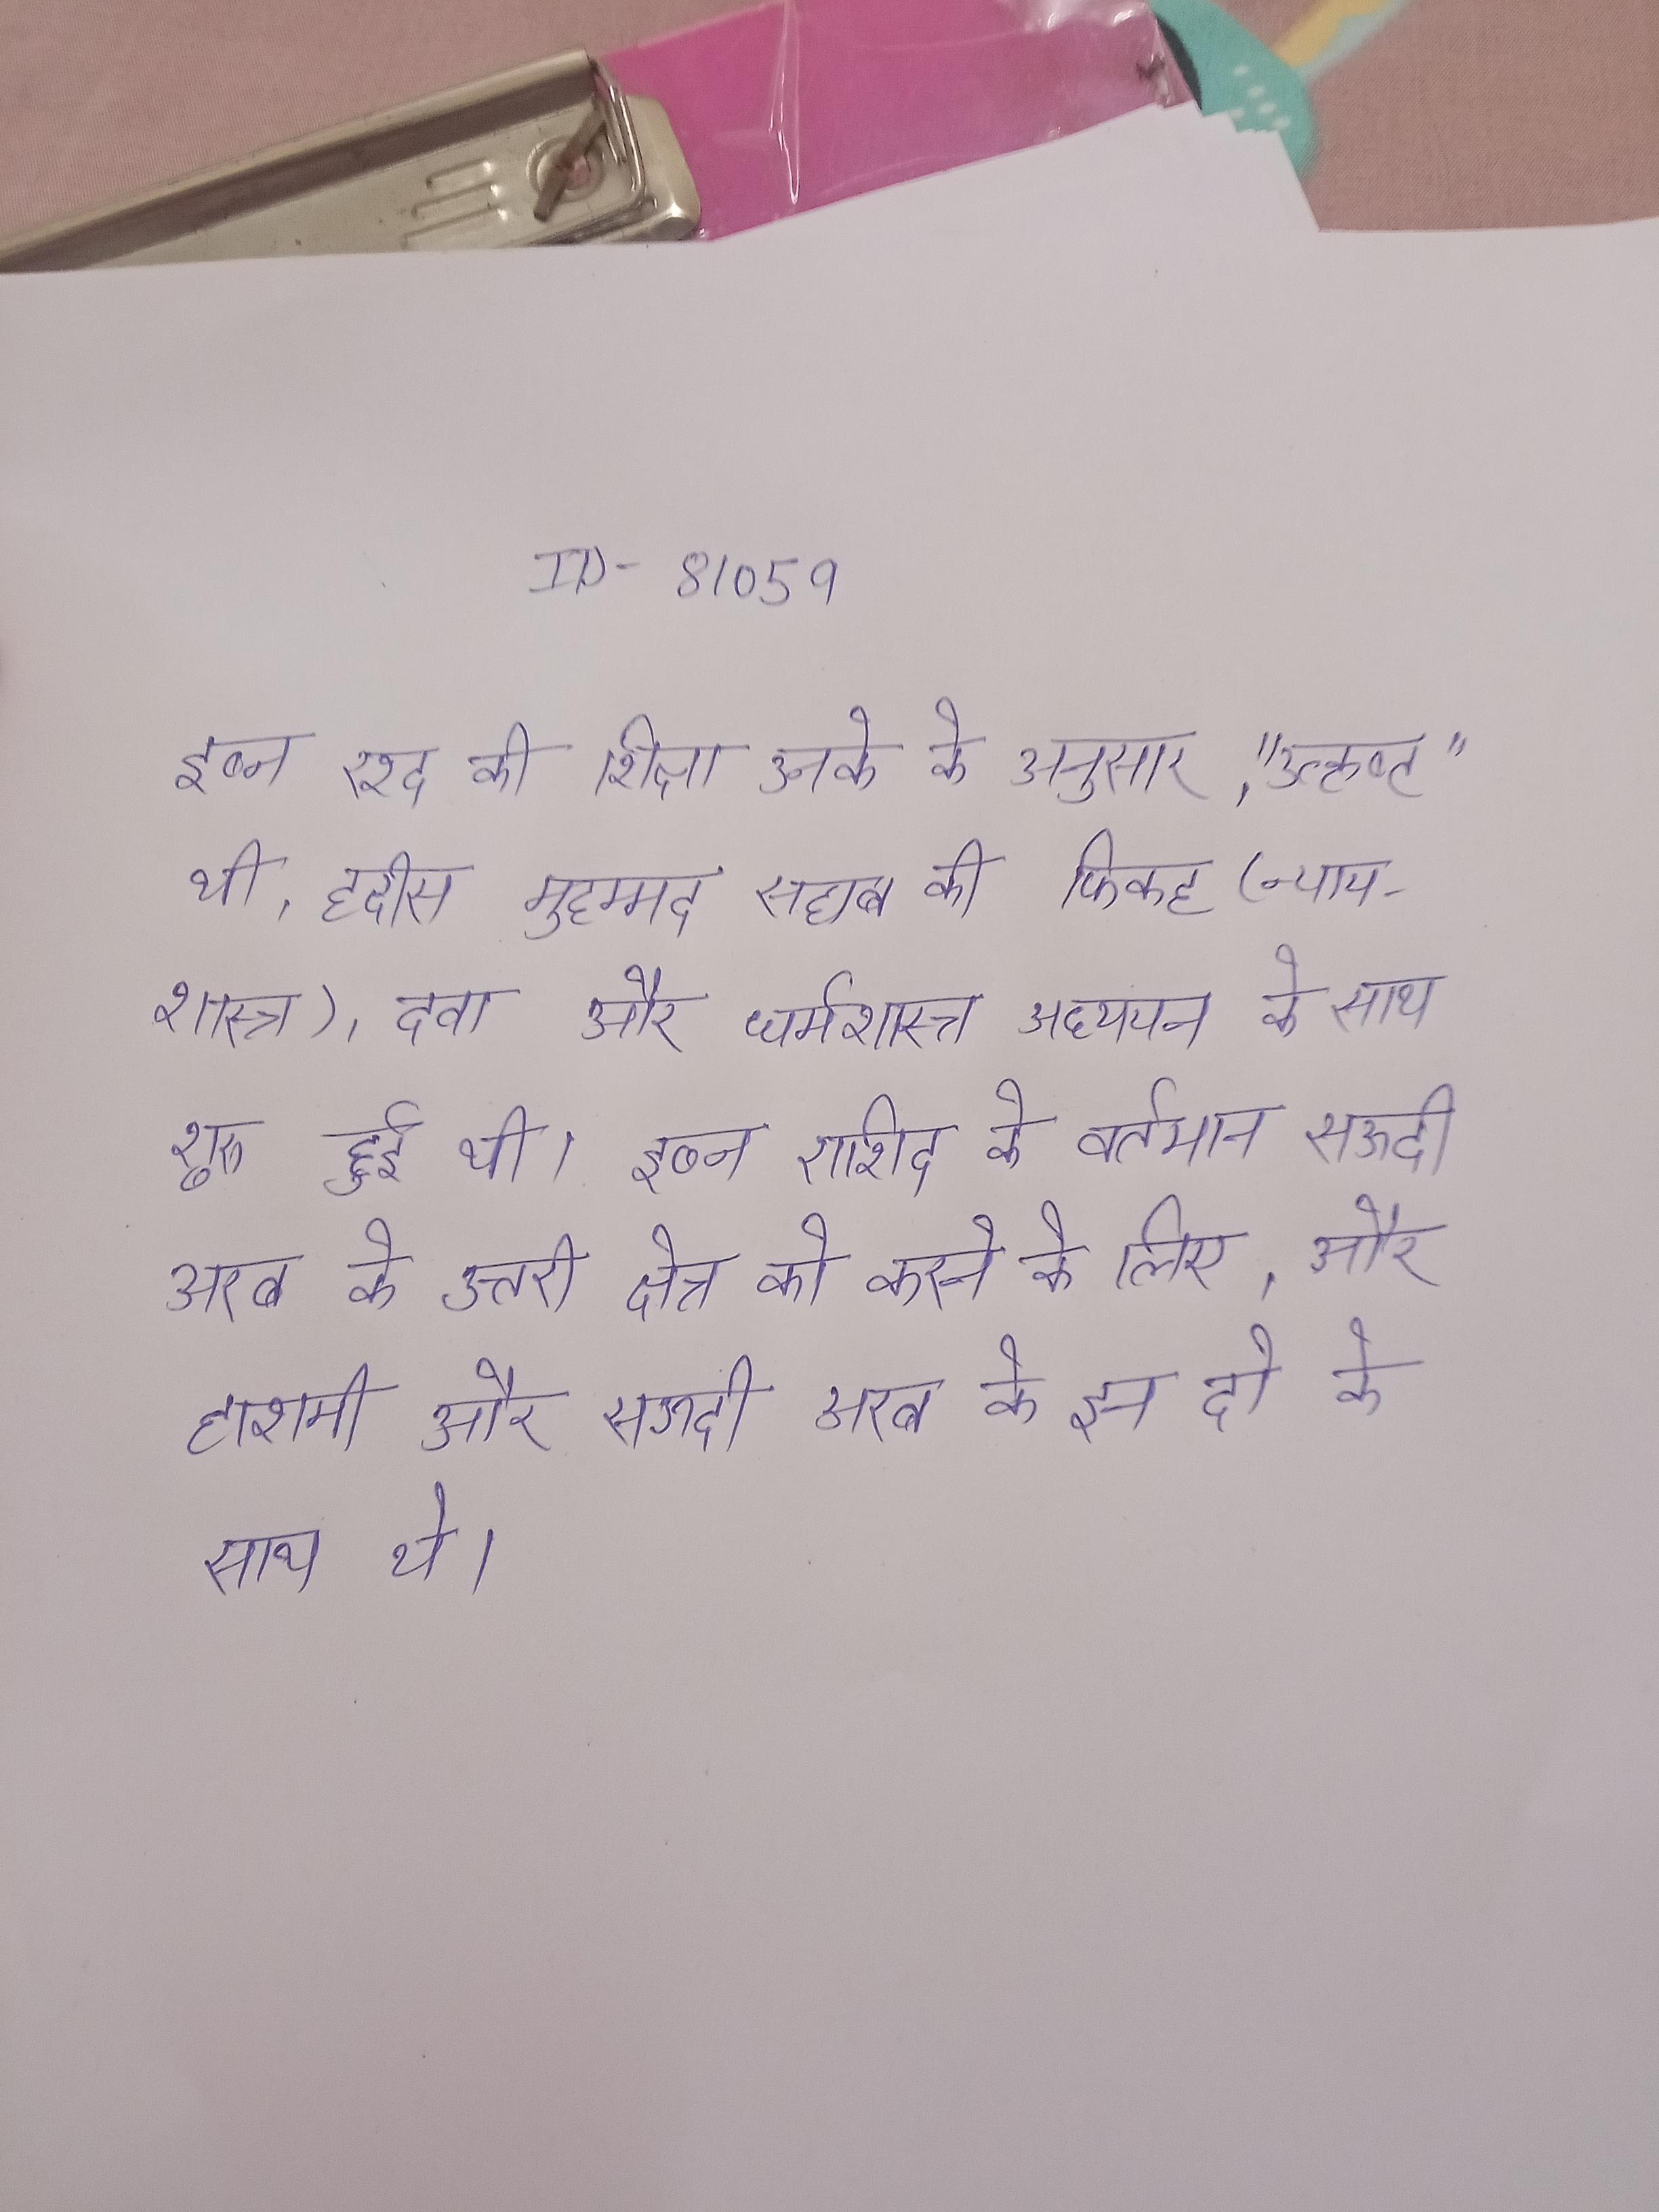
इब्न रश्द की शिक्षा उनके के अनुसार, "उत्कृष्ट" थी, हदीस मुहम्मद सहाब की फिकह (न्यायशास्र), दवा और धर्मशास्त्र अध्ययन के साथ शुरू हुई थी । इब्न राशिद के वर्तमान सऊदी अरब के उत्तरी क्षेत्र को करने के लिए, और हाशमी और सऊदी अरब के इन दो के साथ थे ।